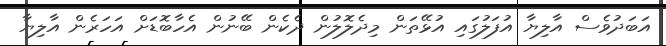
އަބަދުވެސް އާލިޔާ އުފަލުގައި އުޅޭތަން މިދެލޮލުން ދެކެން ބޭނުން އެހާބޮޑަށް އަހަރެން އާލިޔާ